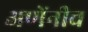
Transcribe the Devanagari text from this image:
अणेंनीच